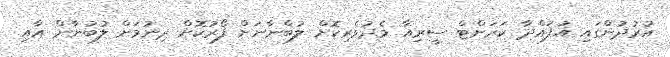
އުރުދުންގައި އުފައްދާ ކަރަންޓް ސީރިއާ މެދުވެރިކޮށް ލުބްނާނަށް ފޯރުކޮށް ދިނުމަށް ލުބުނާން އާއި